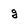
Character: g